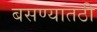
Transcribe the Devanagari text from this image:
बसण्यातठी